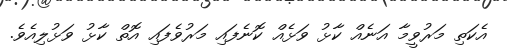
އެކަތި މަރުވީމާ އަނެއް ކާޅު ވަޅެއް ކޮނެފައި މަރުވެފައި އޮތް ކާޅު ވަޅުލިއެވެ.